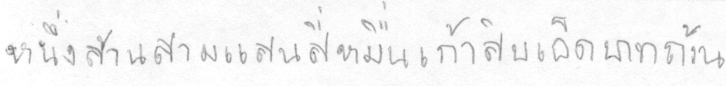
หนึ่งล้านสามแสนสี่หมื่นเก้าสิบเอ็ดบาทถ้วน